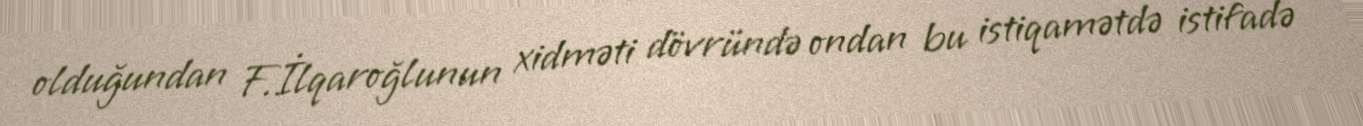
olduğundan F.İlqaroğlunun xidməti dövründə ondan bu istiqamətdə istifadə